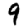
Digit: 9